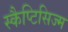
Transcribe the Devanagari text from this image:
स्कैप्टिसिज्म